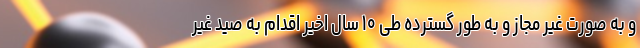
و به صورت غیر مجاز و به طور گسترده طی ۱۰ سال اخیر اقدام به صید غیر